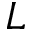
L